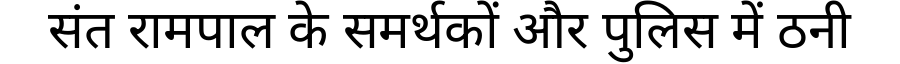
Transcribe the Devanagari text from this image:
संत रामपाल के समर्थकों और पुलिस में ठनी